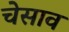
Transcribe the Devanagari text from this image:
चेसाव